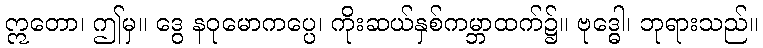
ဣတော၊ ဤမှ။ ဒွေ နဝုမောကပ္ပေ၊ ကိုးဆယ်နှစ်ကမ္ဘာထက်၌။ ဗုဒ္ဓေါ၊ ဘုရားသည်။